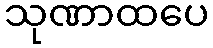
သုဏာထပေ